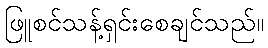
ဖြူစင်သန့်ရှင်းစေချင်သည်။